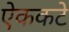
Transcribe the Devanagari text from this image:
ऐककटे